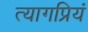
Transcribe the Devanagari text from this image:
त्यागप्रियं